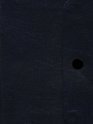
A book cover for King Solomon and His Followers: Lone Star : A Valuable Aid to the Memory (No. 25); G A GAVITT; Religion & Spirituality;